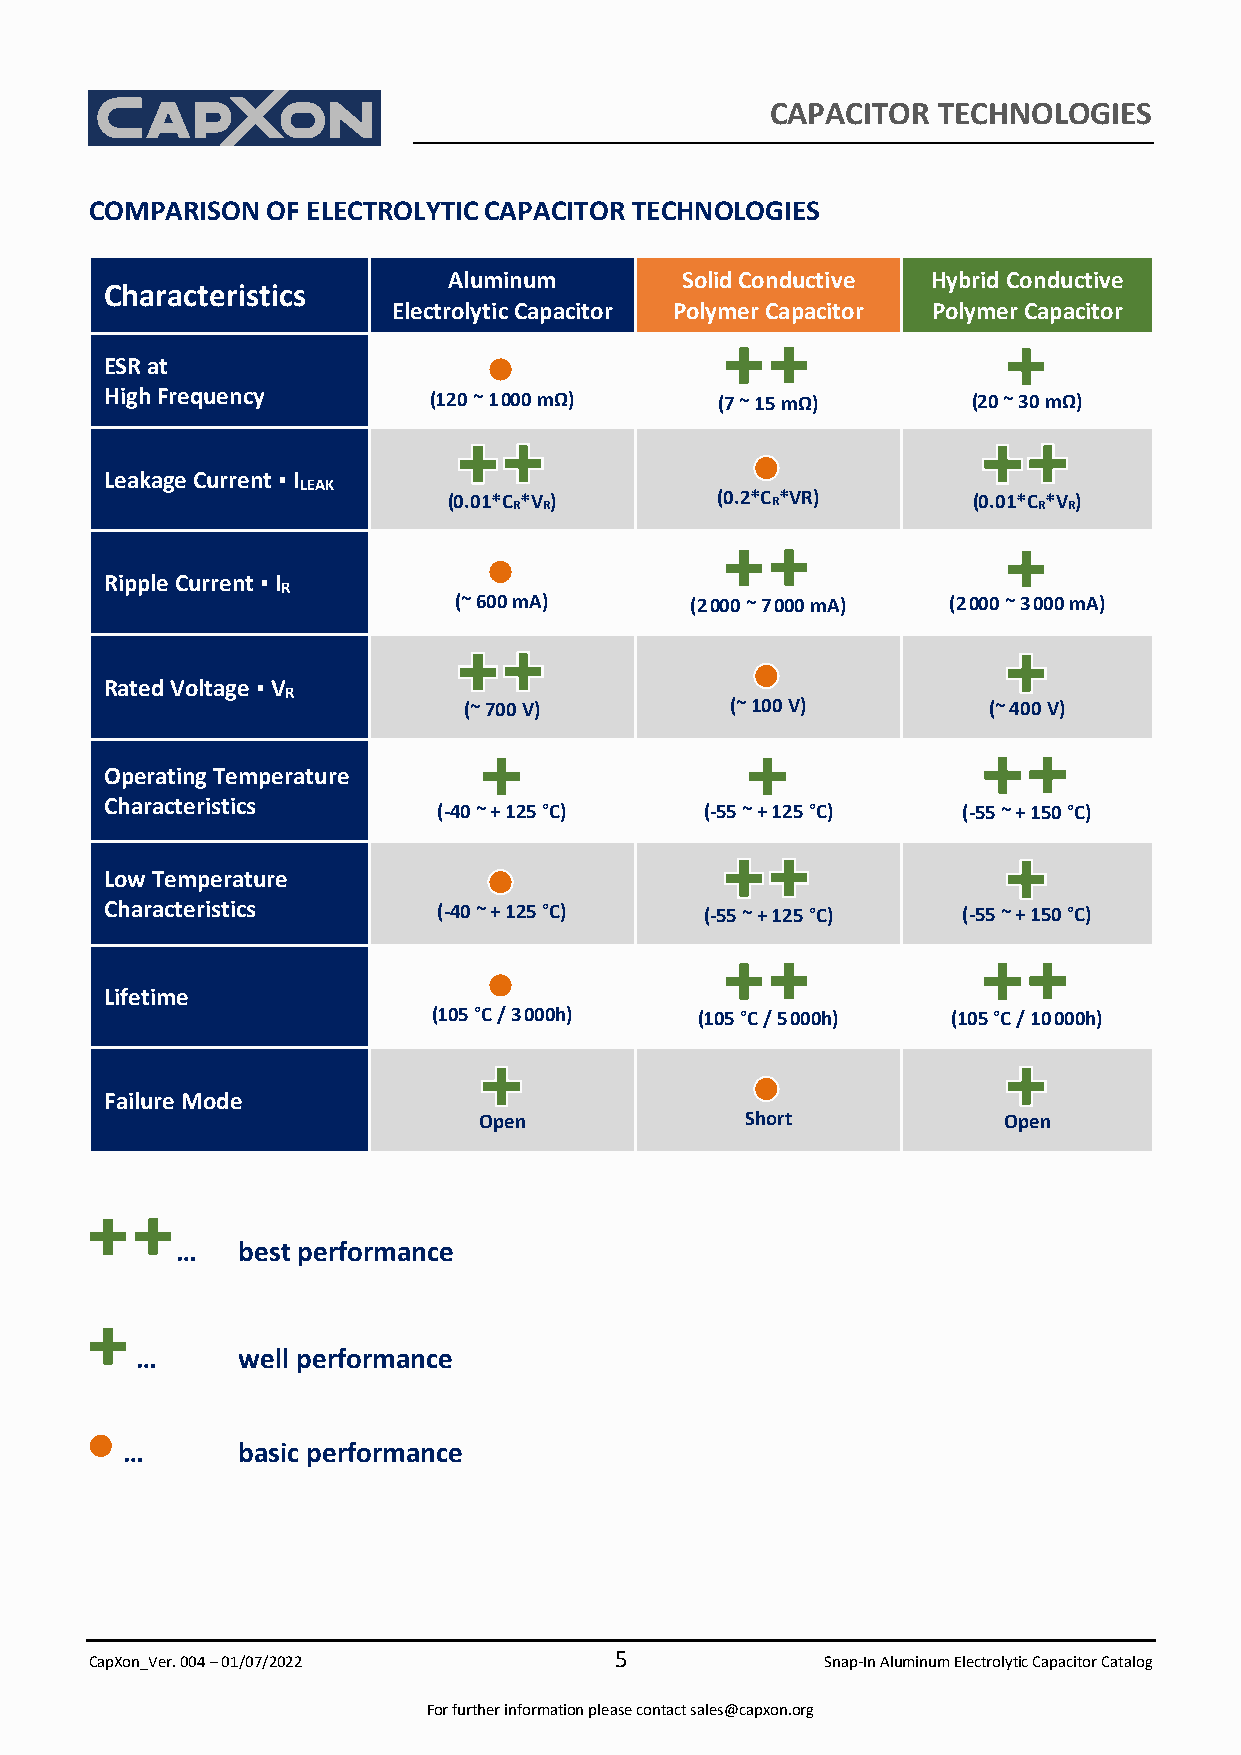
CAPACITOR  TECHNOLOGIES
 COMPARISON  OF ELECTROLYTIC CAPACITOR TECHNOLOGIES
 Aluminum       Solid Conductive Hybrid Conductive
 Characteristics
 Electrolytic Capacitor Polymer Capacitor Polymer Capacitor
 ESR at
 High Frequency       (120 ~ 1 000 mΩ)    (7 ~ 15 mΩ)     (20 ~ 30 mΩ)
 Leakage Current ▪ ILEAK
 (0.01*C R*V R)   (0.2*C R*VR)     (0.01*C R*V R)
 Ripple Current ▪ IR
 (~ 600 mA)      (2 000 ~ 7 000 mA) (2 000 ~ 3 000 mA)
 Rated Voltage ▪ VR
 (~ 700 V)        (~ 100 V)        (~ 400 V)
 Operating Temperature
 Characteristics
 (-40 ~ + 125 °C)  (-55 ~ + 125 °C) (-55 ~ + 150 °C)
 Low Temperature
 Characteristics       (-40 ~ + 125 °C)  (-55 ~ + 125 °C) (-55 ~ + 150 °C)
 Lifetime
 (105 °C / 3 000h) (105 °C / 5 000h) (105 °C / 10 000h)
 Failure Mode
 Open             Short            Open
 …   best performance
 …      well performance
 …       basic performance
 5
 CapXon_Ver. 004 – 01/07/2022                     Snap-In Aluminum Electrolytic Capacitor Catalog
 For further information please contact sales@capxon.org